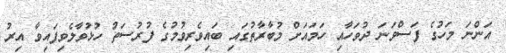
އަންނަ މަހުގެ ފަސްވަނަ ދުވަހާއި ހަމައަށް މުބާރާތުގައި ބައިވެރިވުމުގެ ފުރުސަތު ހުޅުވާލެވިފައިވާ އިރު